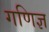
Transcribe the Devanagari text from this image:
गणिज्ञ